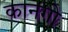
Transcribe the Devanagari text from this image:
कानगो